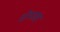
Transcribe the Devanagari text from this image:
शोभासह